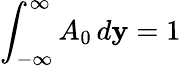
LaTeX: \int_{-\infty}^{\infty}A_{0}\, d\mathbf{y}=1